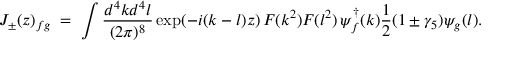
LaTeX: J _ { \pm } ( z ) _ { f g } \; = \; \int \frac { d ^ { 4 } k d ^ { 4 } l } { ( 2 \pi ) ^ { 8 } } \exp ( - i ( k - l ) z ) \, F ( k ^ { 2 } ) F ( l ^ { 2 } ) \, \psi _ { f } ^ { \dagger } ( k ) \frac 1 2 ( 1 \pm \gamma _ { 5 } ) \psi _ { g } ( l ) .